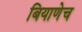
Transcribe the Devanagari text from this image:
बियाणेच